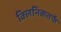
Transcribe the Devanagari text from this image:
क्‍लिनिकतर्फे